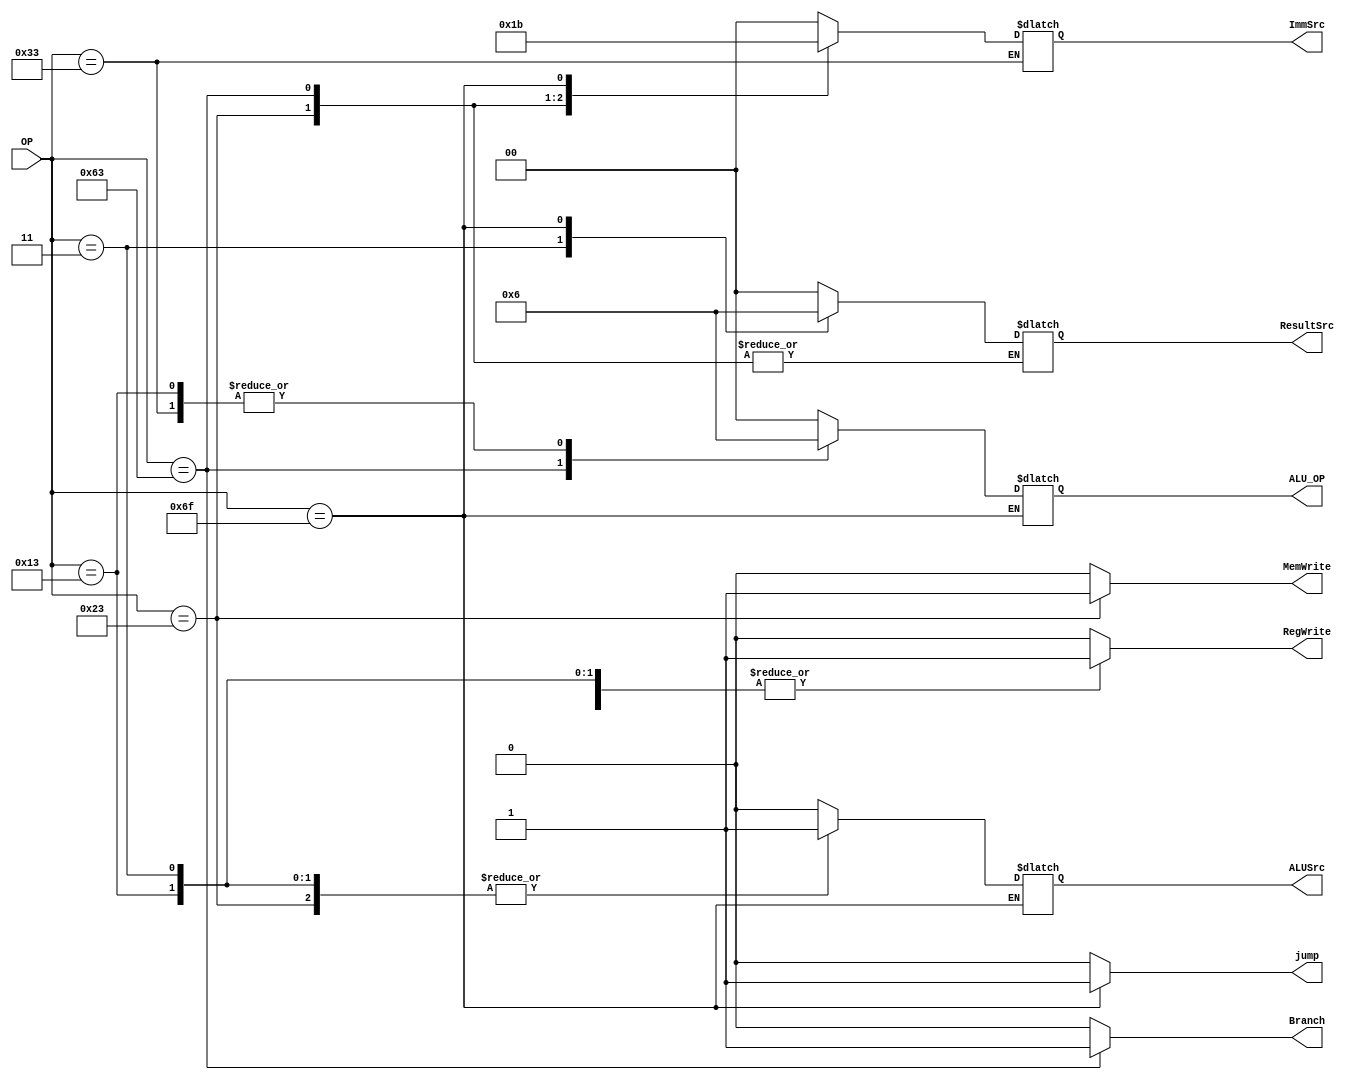
module MainDecoder(
    input [6:0] OP, 
    output reg  Branch, MemWrite, ALUSrc, RegWrite,jump,
    output reg [1:0] ResultSrc,ImmSrc,ALU_OP); 
  
  always @(*) 
    begin 
      case (OP) 
          7'b000_0011: //Load Instruction(lw), op-code=3 
            begin
              RegWrite=1;
              ImmSrc=2'b00;
              ALUSrc=1; 
              MemWrite=0;
              ResultSrc=2'b01;
              Branch=0; 
              ALU_OP=2'b00;
              jump=0;
            end
          
          7'b010_0011: //store Instruction(sw), op-code=35
            begin 
              RegWrite=0;
              ImmSrc=2'b01;
              ALUSrc=1;
              MemWrite=1;
              Branch=0; 
              ALU_OP=2'b00;
              jump=0;
            end
            
          7'b011_0011: //R-Type Instruction, op-code=51 
            begin
              RegWrite=1;
              ALUSrc=0;
              MemWrite=0;
              ResultSrc=2'b00;
              Branch=0;
              ALU_OP=2'b10;
              jump=0;
            end
            
          7'b110_0011: //Branch Equal Instruction(beq), op-code=99
            begin
              RegWrite=0;
              ImmSrc=2'b10;
              ALUSrc=0;
              MemWrite=0;
              Branch=1;
              ALU_OP=2'b01;
              jump=0;
            end
            
          7'b001_0011:      //addi instruction, op-code=19
            begin
              RegWrite=1;
              ImmSrc=2'b00;
              ALUSrc=1;
              MemWrite=0;
              ResultSrc=2'b00;
              Branch=0;
              ALU_OP=2'b10;
              jump=0;
            end
            
          7'b110_1111:      //jal instruction(jump and link), op-code=111 
            begin
              RegWrite=1;
              ImmSrc=2'b11;
              MemWrite=0;
              ResultSrc=2'b10;
              Branch=0;
              jump=1;
            end 
            
          default:
          begin 
            RegWrite=0;
            ImmSrc=2'b00;
            ALUSrc=0;
            MemWrite=0;
            ResultSrc=2'b00;
            Branch=0;
            ALU_OP=2'b00;  
            jump=0;
      end
    endcase
  end
endmodule